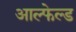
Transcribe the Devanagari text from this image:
आल्फेल्ड